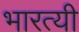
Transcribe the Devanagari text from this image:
भारत्यी